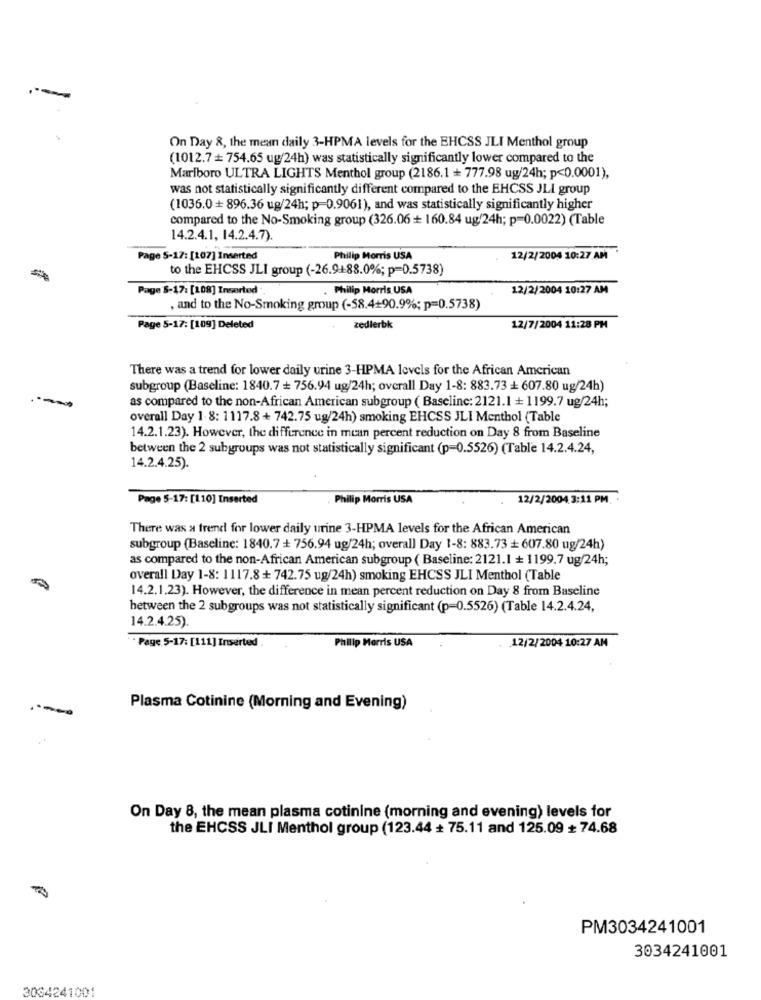
On Day 8, the mean daily 3-HPMA levels for the EHCSS JLI Menthol group
(1012.7+754.65 ug/24h) was statistically significantly lower compared to the
Marlboro ULTRA LIGHTS Menthol group (2186.1 + 777.98 ug/24h; p<0.0001),
was not statistically significantly different compared to the EHCSS JLI group
(1036.0 + 896.36 ug/24h; p=0.9061), and was statistically significantly higher
compared to the No-Smoking group (326.06 + 160.84 ug/24h; p=0.0022) (Table
14.2.4.1, 14.2.4.7).
Page 5-17: [107] Inserted
Philip Morris USA
12/2/2004 10:27 AM
to the EHCSS JLI group (-26.9+88.0%; p=0.5738)
Page $-17: [108] Inserted
. Philip Morris USA
12/2/2004 10:27 AM
, and to the No-Smoking group (-58.4+90.9%; p=0.5738)
Page 5-17: [109] Deleted
zedierbk
12/7/2004 11:28 PM
There was a trend for lower daily urine 3-HPMA levels for the African American
subgroup (Baseline: 1840.7 + 756.94 ug/24h; overall Day 1-8: 883.73 + 607.80 ug/24h)
as compared to the non-African American subgroup ( Baseline: 2121.1 + 1199.7 ug/24h;
-
overall Day 1 8: 1117.8 + 742.75 ug/24h) smoking EHCSS JLI Menthol (Table
14.2.1.23). However, the difference in mean percent reduction on Day 8 from Baseline
between the 2 subgroups was not statistically significant (p=0.5526) (Table 14.2.4.24,
14.2.4.25).
Page 5-17: [110] Inserted
Philip Morris USA
12/2/2004. 3:11 PM
There was a trend for lower daily urine 3-HPMA levels for the African American
subgroup (Baseline: 1840.7 + 756.94 ug/24h; overall Day 1-8: 883.73 + 607.80 ug/24h)
as compared to the non-African American subgroup ( Baseline: 2121.1 + 1199.7 ug/24h;
overall Day 1-8: 1117.8 + 742.75 ug/24h) smoking EHCSS JLI Menthol (Table
14.2.1.23). However, the difference in mean percent reduction on Day 8 from Baseline
between the 2 subgroups was not statistically significant (p=0.5526) (Table 14.2.4.24,
14.2.4.25).
.12/2/2004.10:27 AM
** Page 5-17: [111] Inserted
Philip Morris USA
Plasma Cotinine (Morning and Evening)
On Day 8, the mean plasma cotinine (morning and evening) levels for
the EHCSS JLI Menthol group (123.44 + 75.11 and 125.09 # 74.68
PM3034241001
3034241001
3034241001